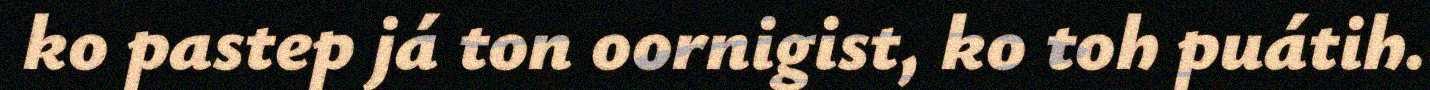
ko pastep já ton oornigist, ko toh puátih.